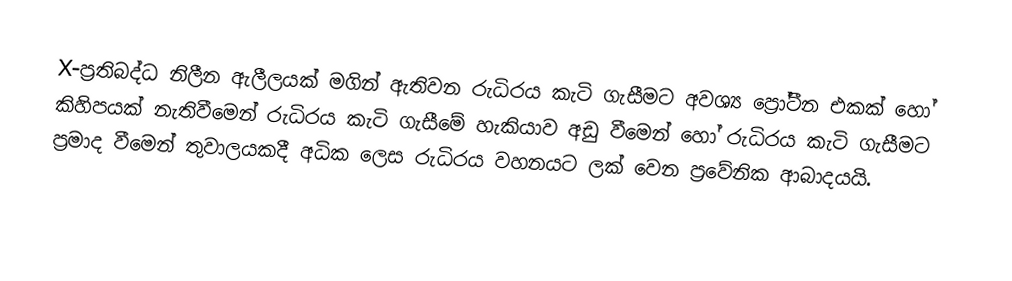
X-ප්‍රතිබද්ධ නිලීන ඇලීලයක් මගින් ඇතිවන රුධිරය කැටි ගැසීමට අවශ්‍ය ප්‍රෝටීන එකක් හෝ කිහිපයක් නැතිවීමෙන් රුධිරය කැටි ගැසීමේ හැකියාව අඩු වීමෙන් හෝ රුධිරය කැටි ගැසීමට ප්‍රමාද වීමෙන් තුවාලයකදී අධික ලෙස රුධිරය වහනයට ලක් වෙන ප්‍රවේනික ආබාදයයි.